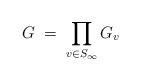
LaTeX: \begin{align*}G\;=\;\prod_{v\in S_\infty}G_v\end{align*}